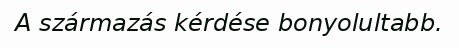
A származás kérdése bonyolultabb.